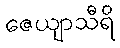
ဇေယျာသီရိ